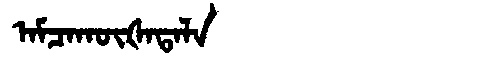
Manchu: ᠠᠮᠴᠠᡴᡡᡧᠠᡨᠠᠯᠠ
Romanization: AMCAKŪŠATALA